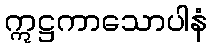
ဣဋ္ဌကာသောပါနံ